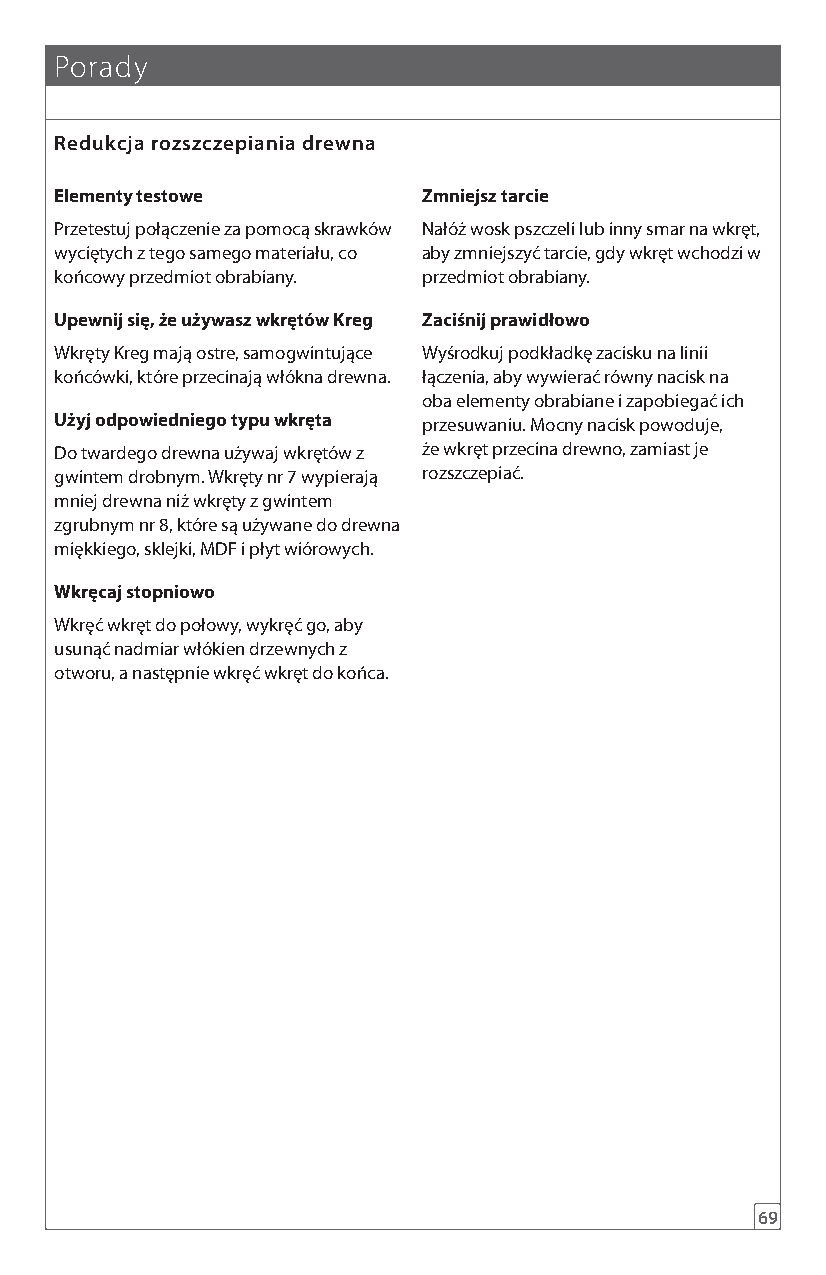
Porady
 Redukcja rozszczepiania drewna
 Elementy testowe        Zmniejsz tarcie
 Przetestuj połączenie za pomocą skrawków Nałóż wosk pszczeli lub inny smar na wkręt,
 wyciętych z tego samego materiału, co aby zmniejszyć tarcie, gdy wkręt wchodzi w
 końcowy przedmiot obrabiany. przedmiot obrabiany.
 Upewnij się, że używasz wkrętów Kreg Zaciśnij prawidłowo
 Wkręty Kreg mają ostre, samogwintujące Wyśrodkuj podkładkę zacisku na linii
 końcówki, które przecinają włókna drewna. łączenia, aby wywierać równy nacisk na
 oba elementy obrabiane i zapobiegać ich
 Użyj odpowiedniego typu wkręta przesuwaniu. Mocny nacisk powoduje,
 Do twardego drewna używaj wkrętów z że wkręt przecina drewno, zamiast je
 gwintem drobnym. Wkręty nr 7 wypierają rozszczepiać.
 mniej drewna niż wkręty z gwintem
 zgrubnym nr 8, które są używane do drewna
 miękkiego, sklejki, MDF i płyt wiórowych.
 Wkręcaj stopniowo
 Wkręć wkręt do połowy, wykręć go, aby
 usunąć nadmiar włókien drzewnych z
 otworu, a następnie wkręć wkręt do końca.
 69